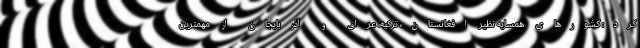
کرد: کشورهای همسایه نظیر افغانستان، ترکیه، عراق و آذربایجان از مهمترین